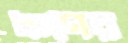
ঋণের